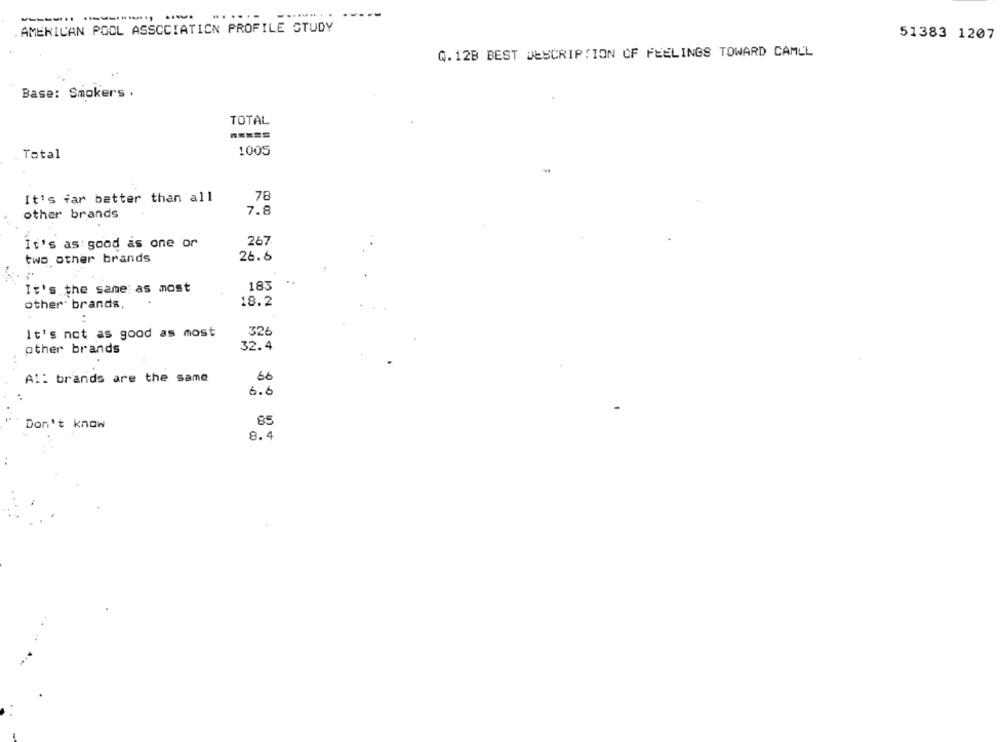
---------- -. .....
-----
AMERICAN POOL ASSOCIATION PROFILE STUDY
51383 1207
Q.12B BEST DESCRIPTION OF FEELINGS TOWARD CAMLL
Base: Smokers .
TOTAL
Total
1005
It's far better than all
78
other brands
7.8
It's as good as one or
267
two other brands
26.6
It's the same as most
183
other brands,
18.2
It's not as good as most
326
other brands
32.4
All brands are the same
66
6.6
85
Don't know
8.4